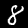
Digit: 8